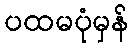
ပထမပုံမှန်